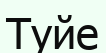
Туйе